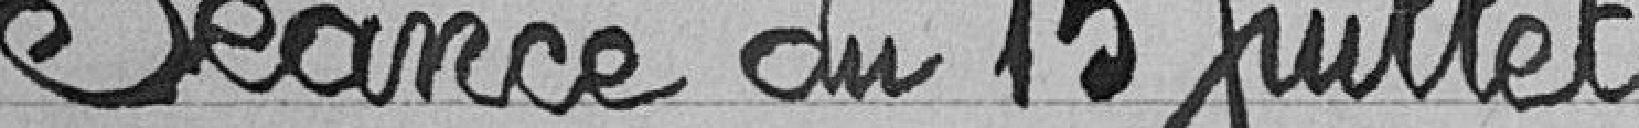
Séance du 15 juillet